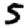
Digit: 5